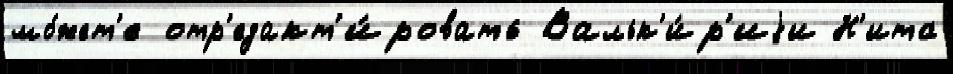
мо́жет'е отр'едакт'и́ровать Вальк'и́р'иjи Н'итс